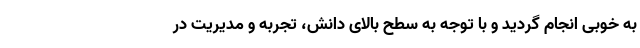
به خوبی انجام گردید و با توجه به سطح بالای دانش، تجربه و مدیریت در